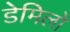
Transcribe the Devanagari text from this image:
डेमिलो